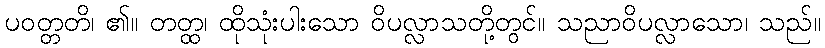
ပဝတ္တတိ၊ ၏။ တတ္ထ၊ ထိုသုံးပါးသော ဝိပလ္လာသတို့တွင်။ သညာဝိပလ္လာသော၊ သည်။